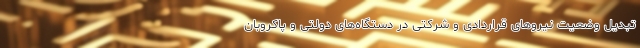
تبدیل وضعیت نیروهای قراردادی و شرکتی در دستگاه‌های دولتی و پاکروبان